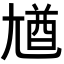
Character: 𡯾